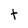
Character: t